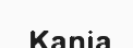
Kania